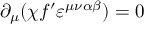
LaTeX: \partial _ { \mu } ( \chi f ^ { \prime } \varepsilon ^ { \mu \nu \alpha \beta } ) = 0